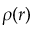
\rho ( \boldsymbol { r } )